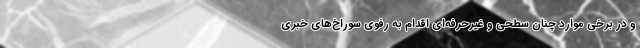
و در برخي موارد چنان سطحي و غیرحرفه‌ای اقدام به رفوي سوراخ‌هاي خبري